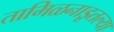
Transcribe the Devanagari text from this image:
तामिळनाडूतल्या